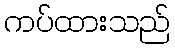
ကပ်ထားသည်